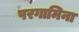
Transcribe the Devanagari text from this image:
परगामिना